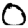
Digit: 0